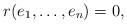
LaTeX: \begin{align*} r(e_1,\dots, e_n) = 0,\end{align*}